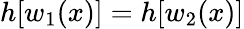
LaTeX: h[w_{1}(x)]=h[w_{2}(x)]